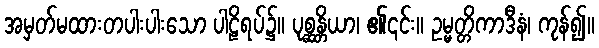
အမှတ်မထားတပါးပါးသော ပါဠိရပ်၌။ ပုစ္ဆန္တိယာ၊ ၏၎င်း။ ဥမ္မတ္တိကာဒီနံ၊ ကုန်၍။